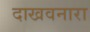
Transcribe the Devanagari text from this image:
दाखवनारा